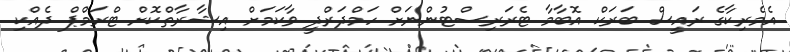
އެމެރިކާގެ ރައީސް ބަރަކް އޮބާމާ ޓެރަރިސްޓުންނަށް ހަމްދަރްދީ ވާކަމަށް އިޝާރާތްކޮށް ޓްރަމްޕް ދެއްކި